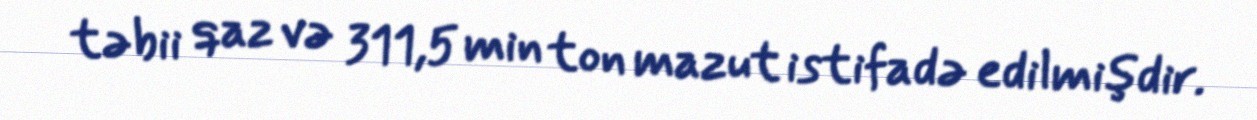
təbii qaz və 311,5 min ton mazut istifadə edilmişdir.